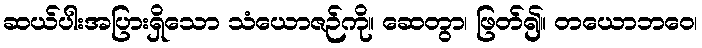
ဆယ်ပါးအပြားရှိသော သံယောဇဉ်ကို။ ဆေတွာ၊ ဖြတ်၍။ တယောဘဝေ၊